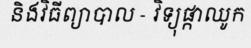
និងវិធីព្យាបាល - វិទ្យុផ្កាឈូក